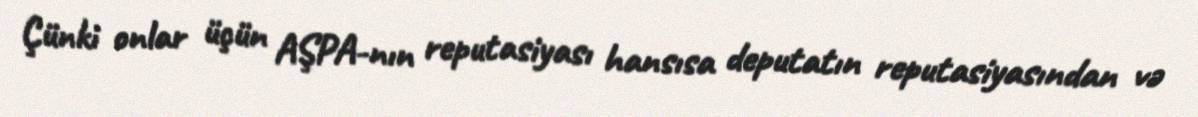
Çünki onlar üçün AŞPA-nın reputasiyası hansısa deputatın reputasiyasından və